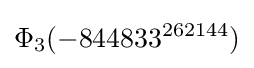
\Phi _{3}(-844833^{262144})